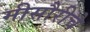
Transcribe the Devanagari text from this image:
मीसौरीचे